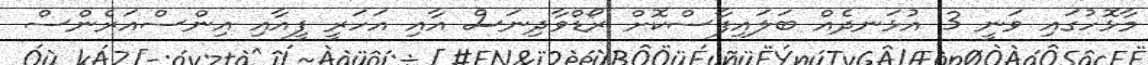
މާޅޮހުގައި ވަނީ 3 އުޅަނދެއް ބަލައިފާސްކޮށް ރޯޑްވާދިނަސް އާއިި އަހަރީ ފީއާއި އިންސްއަރެންސް